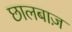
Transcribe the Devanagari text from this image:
छालबाज़